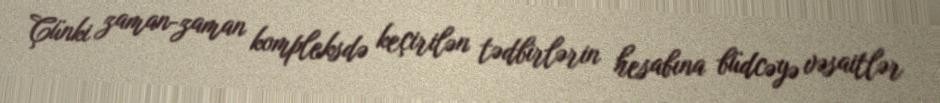
Çünki zaman-zaman kompleksdə keçirilən tədbirlərin hesabına büdcəyə vəsaitlər